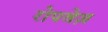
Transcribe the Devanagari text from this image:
रोपवेज़